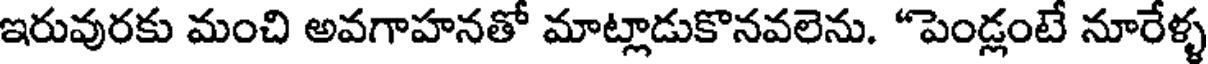
ఇరువురకు మంచి అవగాహనతో మాట్లాడుకొనవలెను. "పెండ్లంటే నూరేళ్ళ